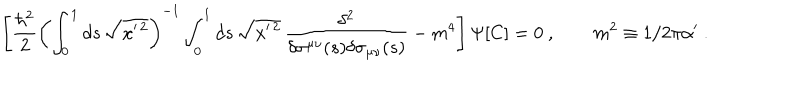
\left[ { \frac { \hbar ^ { 2 } } { 2 } } \left( \int _ { 0 } ^ { 1 } d s \, \sqrt { x ^ { \prime \, 2 } } \right) ^ { - 1 } \int _ { 0 } ^ { 1 } d s \, \sqrt { x ^ { \prime \, 2 } } \, { \frac { \delta ^ { 2 } } { \delta \sigma ^ { \mu \nu } ( s ) \delta \sigma _ { \mu \nu } ( s ) } } - m ^ { 4 } \right] \Psi [ C ] = 0 \ , \qquad m ^ { 2 } \equiv 1 / 2 \pi \alpha ^ { \prime } \ .